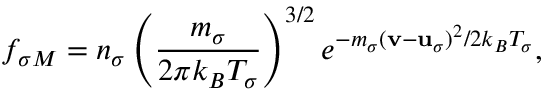
f _ { \sigma M } = n _ { \sigma } \left( \frac { m _ { \sigma } } { 2 \pi k _ { B } { \cal T } _ { \sigma } } \right) ^ { 3 / 2 } e ^ { - m _ { \sigma } ( { \bf v } - { \bf u } _ { \sigma } ) ^ { 2 } / 2 k _ { B } { \cal T } _ { \sigma } } ,